Civil Veterinary Department Bihar & Orissa reports 1922-29 - 1922-1929
Year: 1922
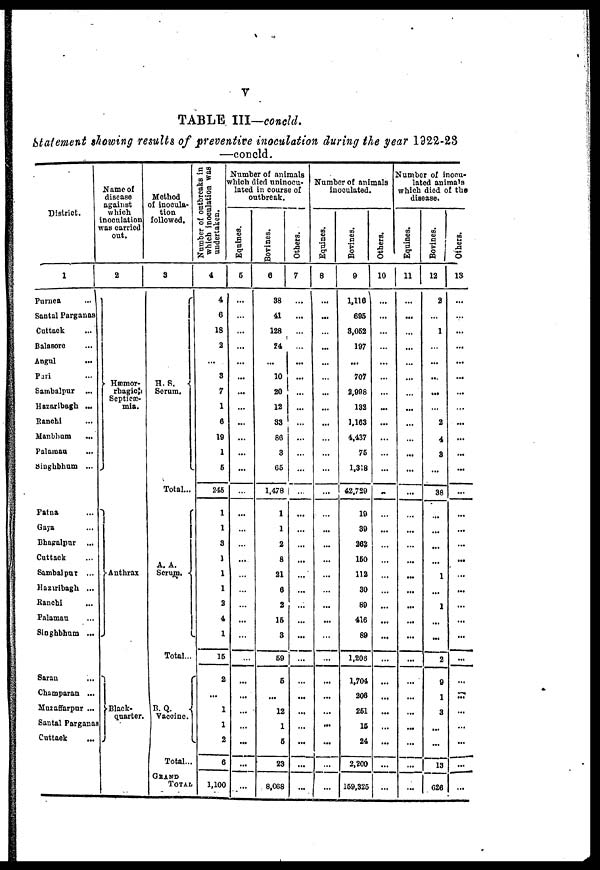
v
TABLE III—concld.
Statement doming results of preventive inoculation during the year 1922-23
—concld.
District.
1
Purnea
...
Santal Parganas
Cuttack
Balasore
Angul
Pari
Sambalpur ...
Hazaribagh ...
Ranchi
Manbhum
...
Palamau
Singhbhum ...
Patna
Gaya
Bhagalpur
Cuttack
Sambalpur ...
Hazaribagh ...
Ranchi
Palamau
Singhbhum ...
Saran
Champaran ...
Muzaffarpur ...
Santal Parganas
Cuttack
Name of
disease
against
which
inoculation
was carried
out.
2
Hæmor-
rhagic
Septieæ-
mia.
Anthrax
Black-
quarter.
Method
of inocula-
tion
followed.
3
H. S.
Serum.
Total...
A. A.
Serum.
Total...
B. Q.
Vaccinc.
Total...
GRAND
TOTAL
Number of outbreaks in
which inoculation was
undertaken.
4
4
6
18
2
...
3
7
1
6
19
1
6
246
1
1
3
1
1
1
2
4
1
15
2
...
1
1
2
6
1,100
Number of animals
which died uninocu-
latcd in course of
outbreak.
Equines.
5
...
...
...
...
...
...
...
...
...
...
...
...
...
...
...
...
...
...
...
...
...
...
...
...
...
...
Bovines.
6
38
41
128
24
...
10
20
12
33
80
3
65
1,478
1
1
2
8
21
6
2
15
3
59
6
...
12
1
5
23
8,068
Others.
7
...
...
...
...
...
...
...
...
...
...
...
...
...
...
...
...
...
...
...
...
...
...
...
...
...
...
...
Number of animals
inooulated.
Equines.
8
...
...
...
...
...
...
...
...
...
...
...
...
...
...
...
...
...
...
...
...
...
...
...
...
...
...
Bovines.
9
1,116
695
3,052
197
...
707
2,998
132
1,163
4,437
75
1,318
42,729
19
39
262
150
112
30
89
416
89
1,208
1,704
206
251
15
24
2,200
159,325
Others.
10
...
...
...
...
...
...
...
...
...
...
...
...
...
...
...
...
...
...
...
...
...
...
...
...
...
...
...
...
...
...
Number of inocu-
lated animals
which died of the
disease.
Equines.
11
...
...
...
...
...
...
...
...
...
...
...
...
...
...
...
...
...
...
...
...
...
...
...
...
...
...
...
...
...
...
Bovines.
12
2
...
1
...
...
...
...
...
2
4
3
...
38
...
...
...
...
1
...
1
...
...
2
9
1
3
...
...
13
626
Others.
13
...
...
...
...
...
...
...
...
...
...
...
...
...
...
...
...
...
...
...
...
...
...
...
...
...
...
...
...
...